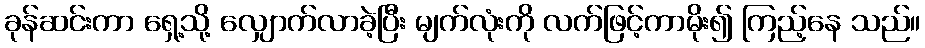
ခုန်ဆင်းကာ ရှေ့သို့ လျှောက်လာခဲ့ပြီး မျက်လုံးကို လက်ဖြင့်ကာမိုး၍ ကြည့်နေ သည်။